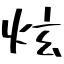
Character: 炫